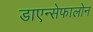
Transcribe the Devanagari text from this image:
डाएन्सेफालोन